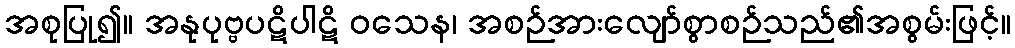
အစုပြု၍။ အနုပုဗ္ဗပဋိပါဋိ ဝသေန၊ အစဉ်အားလျော်စွာစဉ်သည်၏အစွမ်းဖြင့်။